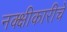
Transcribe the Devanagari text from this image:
नक्क्षीकारीचे